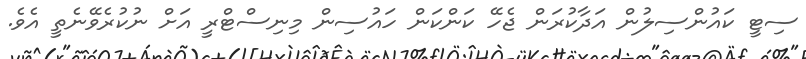
ސިޓީ ކައުންސިލުން އަދާކުރަން ޖެހޭ ކަންކަން ހައުސިން މިނިސްޓްރީ އަށް ނުކުރެވޭނެތީ އެވެ.